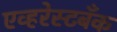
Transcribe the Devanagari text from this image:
एव्हरेस्टबँक